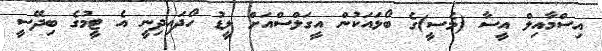
އިސްމާއިލް އީސާ (މެސީ)ގެ ބޯޅައަކުން އީގަލްސްއަށް ލީޑު ހޯދައިދިނީ އެ ޓީމުގެ ބިދޭސީ